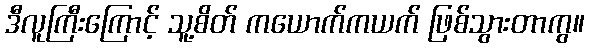
ဒီလူကြီးကြောင့် သူ့စိတ် ကယောက်ကယက် ဖြစ်သွားတာကွ။